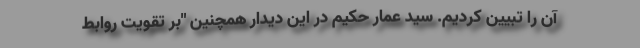
آن را تبیین کردیم. سید عمار حکیم در این دیدار همچنین "بر تقویت روابط